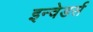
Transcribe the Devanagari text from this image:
इन्वेडर्स